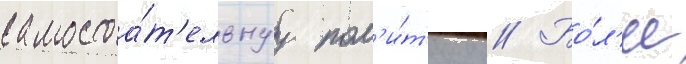
самостоа́т'ельнуу пол'и́т'ику // Бо́л'ее